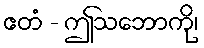
ဧတံ - ဤသဘောကို၊